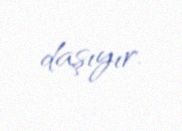
daşıyır.